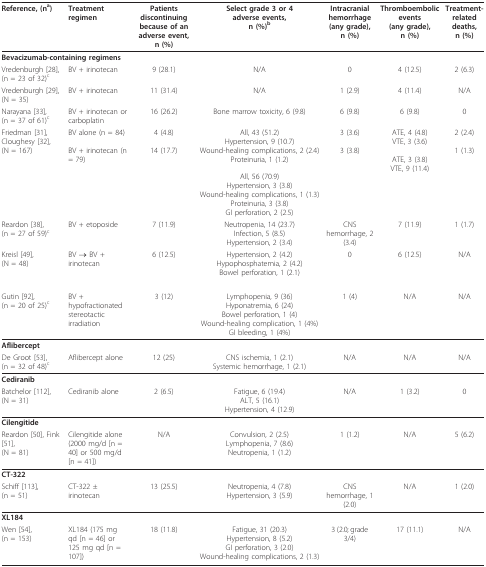
<table><thead><tr><td><b>Reference, (n<sup>a</sup>)</b></td><td><b>Treatmentregimen</b></td><td><b>Patientsdiscontinuingbecause of anadverse event,n (%)</b></td><td><b>Select grade 3 or 4adverse events,n (%)<sup>b</sup></b></td><td><b>Intracranialhemorrhage(any grade),n (%)</b></td><td><b>Thromboembolicevents(any grade),n (%)</b></td><td><b>Treatment-relateddeaths,n (%)</b></td></tr></thead><tbody><tr><td colspan="7"><b>Bevacizumab-containing regimens</b></td></tr><tr><td>Vredenburgh [28],(n = 23 of 32)<sup>c</sup></td><td>BV + irinotecan</td><td>9 (28.1)</td><td>N/A</td><td>0</td><td>4 (12.5)</td><td>2 (6.3)</td></tr><tr><td>Vredenburgh [29],(N = 35)</td><td>BV + irinotecan</td><td>11 (31.4)</td><td>N/A</td><td>1 (2.9)</td><td>4 (11.4)</td><td>N/A</td></tr><tr><td>Narayana [33],(n = 37 of 61)<sup>c</sup></td><td>BV + irinotecan or carboplatin</td><td>16 (26.2)</td><td>Bone marrow toxicity, 6 (9.8)</td><td>6 (9.8)</td><td>6 (9.8)</td><td>0</td></tr><tr><td>Friedman [31], Cloughesy [32],(N = 167)</td><td>BV alone (n = 84)BV + irinotecan (n = 79)</td><td>4 (4.8)14 (17.7)</td><td>All, 43 (51.2)Hypertension, 9 (10.7)Wound-healing complications, 2 (2.4)Proteinuria, 1 (1.2)All, 56 (70.9)Hypertension, 3 (3.8)Wound-healing complications, 1 (1.3)Proteinuria, 3 (3.8)GI perforation, 2 (2.5)</td><td>3 (3.6)3 (3.8)</td><td>ATE, 4 (4.8)VTE, 3 (3.6)ATE, 3 (3.8)VTE, 9 (11.4)</td><td>2 (2.4)1 (1.3)</td></tr><tr><td>Reardon [38],(n = 27 of 59)<sup>c</sup></td><td>BV + etoposide</td><td>7 (11.9)</td><td>Neutropenia, 14 (23.7)Infection, 5 (8.5)Hypertension, 2 (3.4)</td><td>CNS hemorrhage, 2 (3.4)</td><td>7 (11.9)</td><td>1 (1.7)</td></tr><tr><td>Kreisl [49],(N = 48)</td><td>BV → BV + irinotecan</td><td>6 (12.5)</td><td>Hypertension, 2 (4.2)Hypophosphatemia, 2 (4.2)Bowel perforation, 1 (2.1)</td><td>0</td><td>6 (12.5)</td><td>N/A</td></tr><tr><td>Gutin [92],(n = 20 of 25)<sup>c</sup></td><td>BV + hypofractionated stereotactic irradiation</td><td>3 (12)</td><td>Lymphopenia, 9 (36)Hyponatremia, 6 (24)Bowel perforation, 1 (4)Wound-healing complication, 1 (4%)GI bleeding, 1 (4%)</td><td>1 (4)</td><td>N/A</td><td>N/A</td></tr><tr><td><b>Aflibercept</b></td><td></td><td></td><td></td><td></td><td></td><td></td></tr><tr><td>De Groot [53],(n = 32 of 48)<sup>c</sup></td><td>Aflibercept alone</td><td>12 (25)</td><td>CNS ischemia, 1 (2.1)Systemic hemorrhage, 1 (2.1)</td><td>N/A</td><td>N/A</td><td>N/A</td></tr><tr><td><b>Cediranib</b></td><td></td><td></td><td></td><td></td><td></td><td></td></tr><tr><td>Batchelor [112],(N = 31)</td><td>Cediranib alone</td><td>2 (6.5)</td><td>Fatigue, 6 (19.4)ALT, 5 (16.1)Hypertension, 4 (12.9)</td><td>N/A</td><td>1 (3.2)</td><td>0</td></tr><tr><td><b>Cilengitide</b></td><td></td><td></td><td></td><td></td><td></td><td></td></tr><tr><td>Reardon [50], Fink [51],(N = 81)</td><td>Cilengitide alone (2000 mg/d [n = 40] or 500 mg/d [n = 41])</td><td>N/A</td><td>Convulsion, 2 (2.5)Lymphopenia, 7 (8.6)Neutropenia, 1 (1.2)</td><td>1 (1.2)</td><td>N/A</td><td>5 (6.2)</td></tr><tr><td><b>CT-322</b></td><td></td><td></td><td></td><td></td><td></td><td></td></tr><tr><td>Schiff [113],(n = 51)</td><td>CT-322 ± irinotecan</td><td>13 (25.5)</td><td>Neutropenia, 4 (7.8)Hypertension, 3 (5.9)</td><td>CNS hemorrhage, 1 (2.0)</td><td>N/A</td><td>1 (2.0)</td></tr><tr><td><b>XL184</b></td><td></td><td></td><td></td><td></td><td></td><td></td></tr><tr><td>Wen [54],(n = 153)</td><td>XL184 (175 mg qd [n = 46] or 125 mg qd [n = 107])</td><td>18 (11.8)</td><td>Fatigue, 31 (20.3)Hypertension, 8 (5.2)GI perforation, 3 (2.0)Wound-healing complications, 2 (1.3)</td><td>3 (2.0; grade 3/4)</td><td>17 (11.1)</td><td>N/A</td></tr></tbody></table>